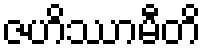
ဇဟိဿာမီတိ